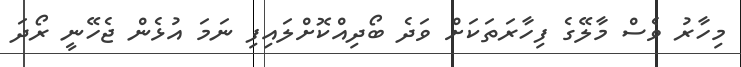
މިހާރު ވެސް މާލޭގެ ފިހާރަތަކަށް ވަދެ ބޯދިއްކޮށްލައިފި ނަމަ އުޅެން ޖެހޭނީ ރޯދަ